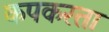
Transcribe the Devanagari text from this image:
कपकरता